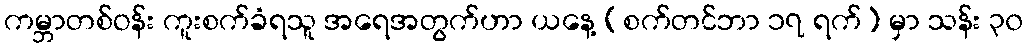
ကမ္ဘာတစ်ဝန်း ကူးစက်ခံရသူ အရေအတွက်ဟာ ယနေ့ (စက်တင်ဘာ ၁၇ ရက်) မှာ သန်း ၃၀